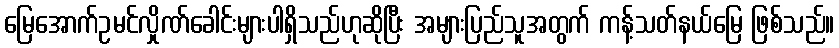
မြေအောက်ဥမင်လှိုဏ်ခေါင်းများပါရှိသည်ဟုဆိုပြီး အများပြည်သူအတွက် ကန့်သတ်နယ်မြေ ဖြစ်သည်။